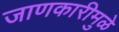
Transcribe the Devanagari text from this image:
जाणकारीमुळे